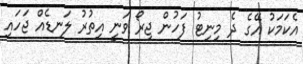
އެކަމަކު އޭގެ ދެ މިނިޓު ފަހުން ޖިރޯ ވަނީ އިތުރު ލަނޑެއް ޖަހައި